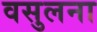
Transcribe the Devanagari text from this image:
वसुलना